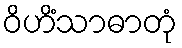
ဝိဟိံသာဓာတုံ